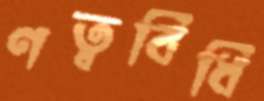
ণত্ববিধি